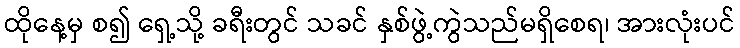
ထိုနေ့မှ စ၍ ရှေ့သို့ ခရီးတွင် သခင် နှစ်ဖွဲ့ကွဲသည်မရှိစေရ၊ အားလုံးပင်